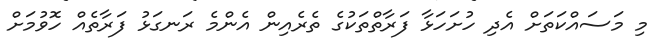
މި މަސައްކަތަށް އެދި ހުށަހަޅާ ފަރާތްތަކުގެ ތެރެއިން އެންމެ ރަނގަޅު ފަރާތެއް ހޮވުމަށް